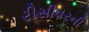
રીસીવરની